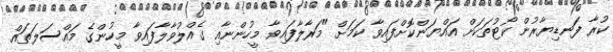
ކުރާ ފަނޑިޔާރުން ކޯޓުތަކަށް އައްޔަންކޮށްފައިވާ ކަމަށް "މަރާލާފައިވާ މީހުންނާއި ގެއްލުވާލާފައިވާ މީހުންގެ މައްސަލަތައް